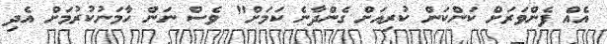
އެއް ފެންވަރަށް ކަންކަން ކުރިއަށް ގެންދާނެ ކަމަށް" ވެސް ނަން ހާމަނުކުރުމަށް އެދި